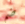
ضم